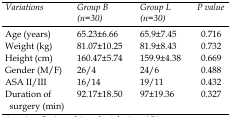
| Variations | Group B (n=30) | Group L (n=30) | P value |
 | --- | --- | --- | --- |
 | Age (years) | 65.23±6.66 | 65.9±7.45 | 0.716 |
 | Weight (kg) | 81.07±10.25 | 81.9±8.43 | 0.732 |
 | Height (cm) | 160.47±5.74 | 159.9±4.38 | 0.669 |
 | Gender (M/F) | 26/4 | 24/6 | 0.488 |
 | ASA II/III | 16/14 | 19/11 | 0.432 |
 | Duration of surgery (min) | 92.17±18.50 | 97±19.36 | 0.327 |